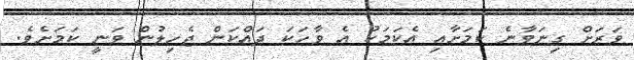
ވަރަށް ގިނަވާނެ ކަމަށާއި އެކަމަކު އެ ވާހަކަ ދައްކަން ޖެހިލުން ވަނީ ކަމަށެވެ.